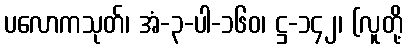
ပလောကသုတ်၊ အံ-၃-ပါ-၁၆၀၊ ဋ္ဌ-၁၄၂၊ (လူတို့